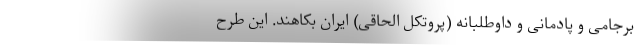
برجامی و پادمانی و داوطلبانه (پروتکل الحاقی) ایران بکاهند. این طرح